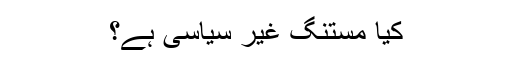
کیا مستنگ غیر سیاسی ہے؟